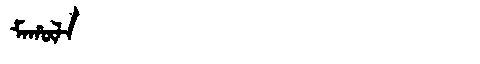
Manchu: ᠮᠠᡥᡡᠯᠠ
Romanization: MAHŪLA